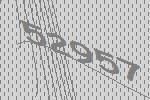
52957